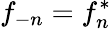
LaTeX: f_{-n}=f_{n}^{\ast}